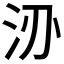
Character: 𱥻